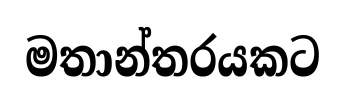
මතාන්තරයකට